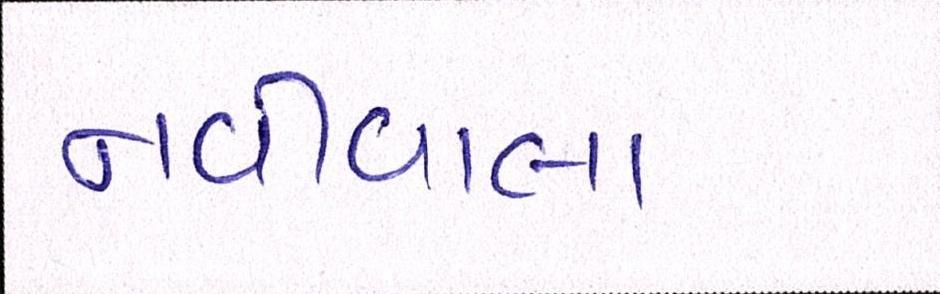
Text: નવીવાલા